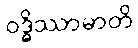
ဝဒ္ဓိဿာမာတိ